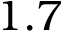
1 . 7